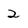
Character: 2